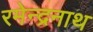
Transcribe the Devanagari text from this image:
रमेन्द्रनाथ